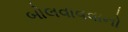
બોલવાવવાનો